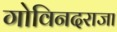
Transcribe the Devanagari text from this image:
गोविनदराजा